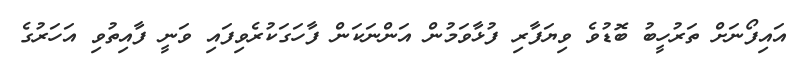
އައިފޯނަށް ތަރުހީބު ބޮޑުވެ ވިޔަފާރި ފުޅާވަމުން އަންނަކަން ފާހަގަކުރެވިފައި ވަނީ ފާއިތުވި އަހަރުގެ